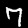
Label: 7